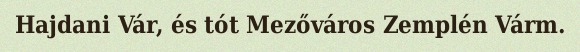
Hajdani Vár, és tót Mezőváros Zemplén Várm.